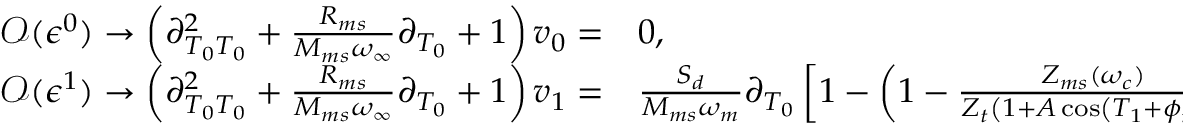
\begin{array} { r l } { \mathcal { O } ( \epsilon ^ { 0 } ) \rightarrow \left( \partial _ { T _ { 0 } T _ { 0 } } ^ { 2 } + \frac { R _ { m s } } { M _ { m s } \omega _ { \infty } } \partial _ { T _ { 0 } } + 1 \right) v _ { 0 } = } & { { } 0 , } \\ { \mathcal { O } ( \epsilon ^ { 1 } ) \rightarrow \left( \partial _ { T _ { 0 } T _ { 0 } } ^ { 2 } + \frac { R _ { m s } } { M _ { m s } \omega _ { \infty } } \partial _ { T _ { 0 } } + 1 \right) v _ { 1 } = } & { { } \frac { S _ { d } } { M _ { m s } \omega _ { m } } \partial _ { T _ { 0 } } \left[ 1 - \left( 1 - \frac { Z _ { m s } ( \omega _ { c } ) } { Z _ { t } \left( 1 + A \cos \left( T _ { 1 } + \phi _ { m } \right) \right) } \right) W ( \omega ) \right] p _ { f } ( T _ { 0 } ) } \end{array}